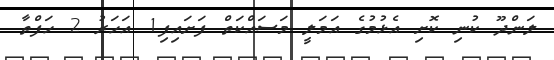
ލަންދޫ ކުނި ކޮށި އެޅުމުގެ އަމަލީ މަސައްކަތް ފަށައިފި1 އަހަރު 2 ހަފްތާ